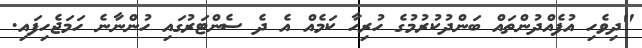
"ދިވެހި އުފެއްދުންތައް ބަންދުކުރުމުގެ ހުރިހާ ކަމެއް އެ ދެ ސެންޓަރުގައި ހުންނާނެ ހަމަޖެހިފައި.